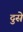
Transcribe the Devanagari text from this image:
दुसे